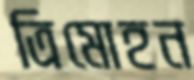
ত্রিমোহন